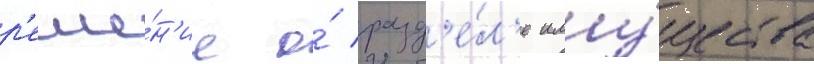
р'еше́н'ие о́ разд'е́л'е иму́щества